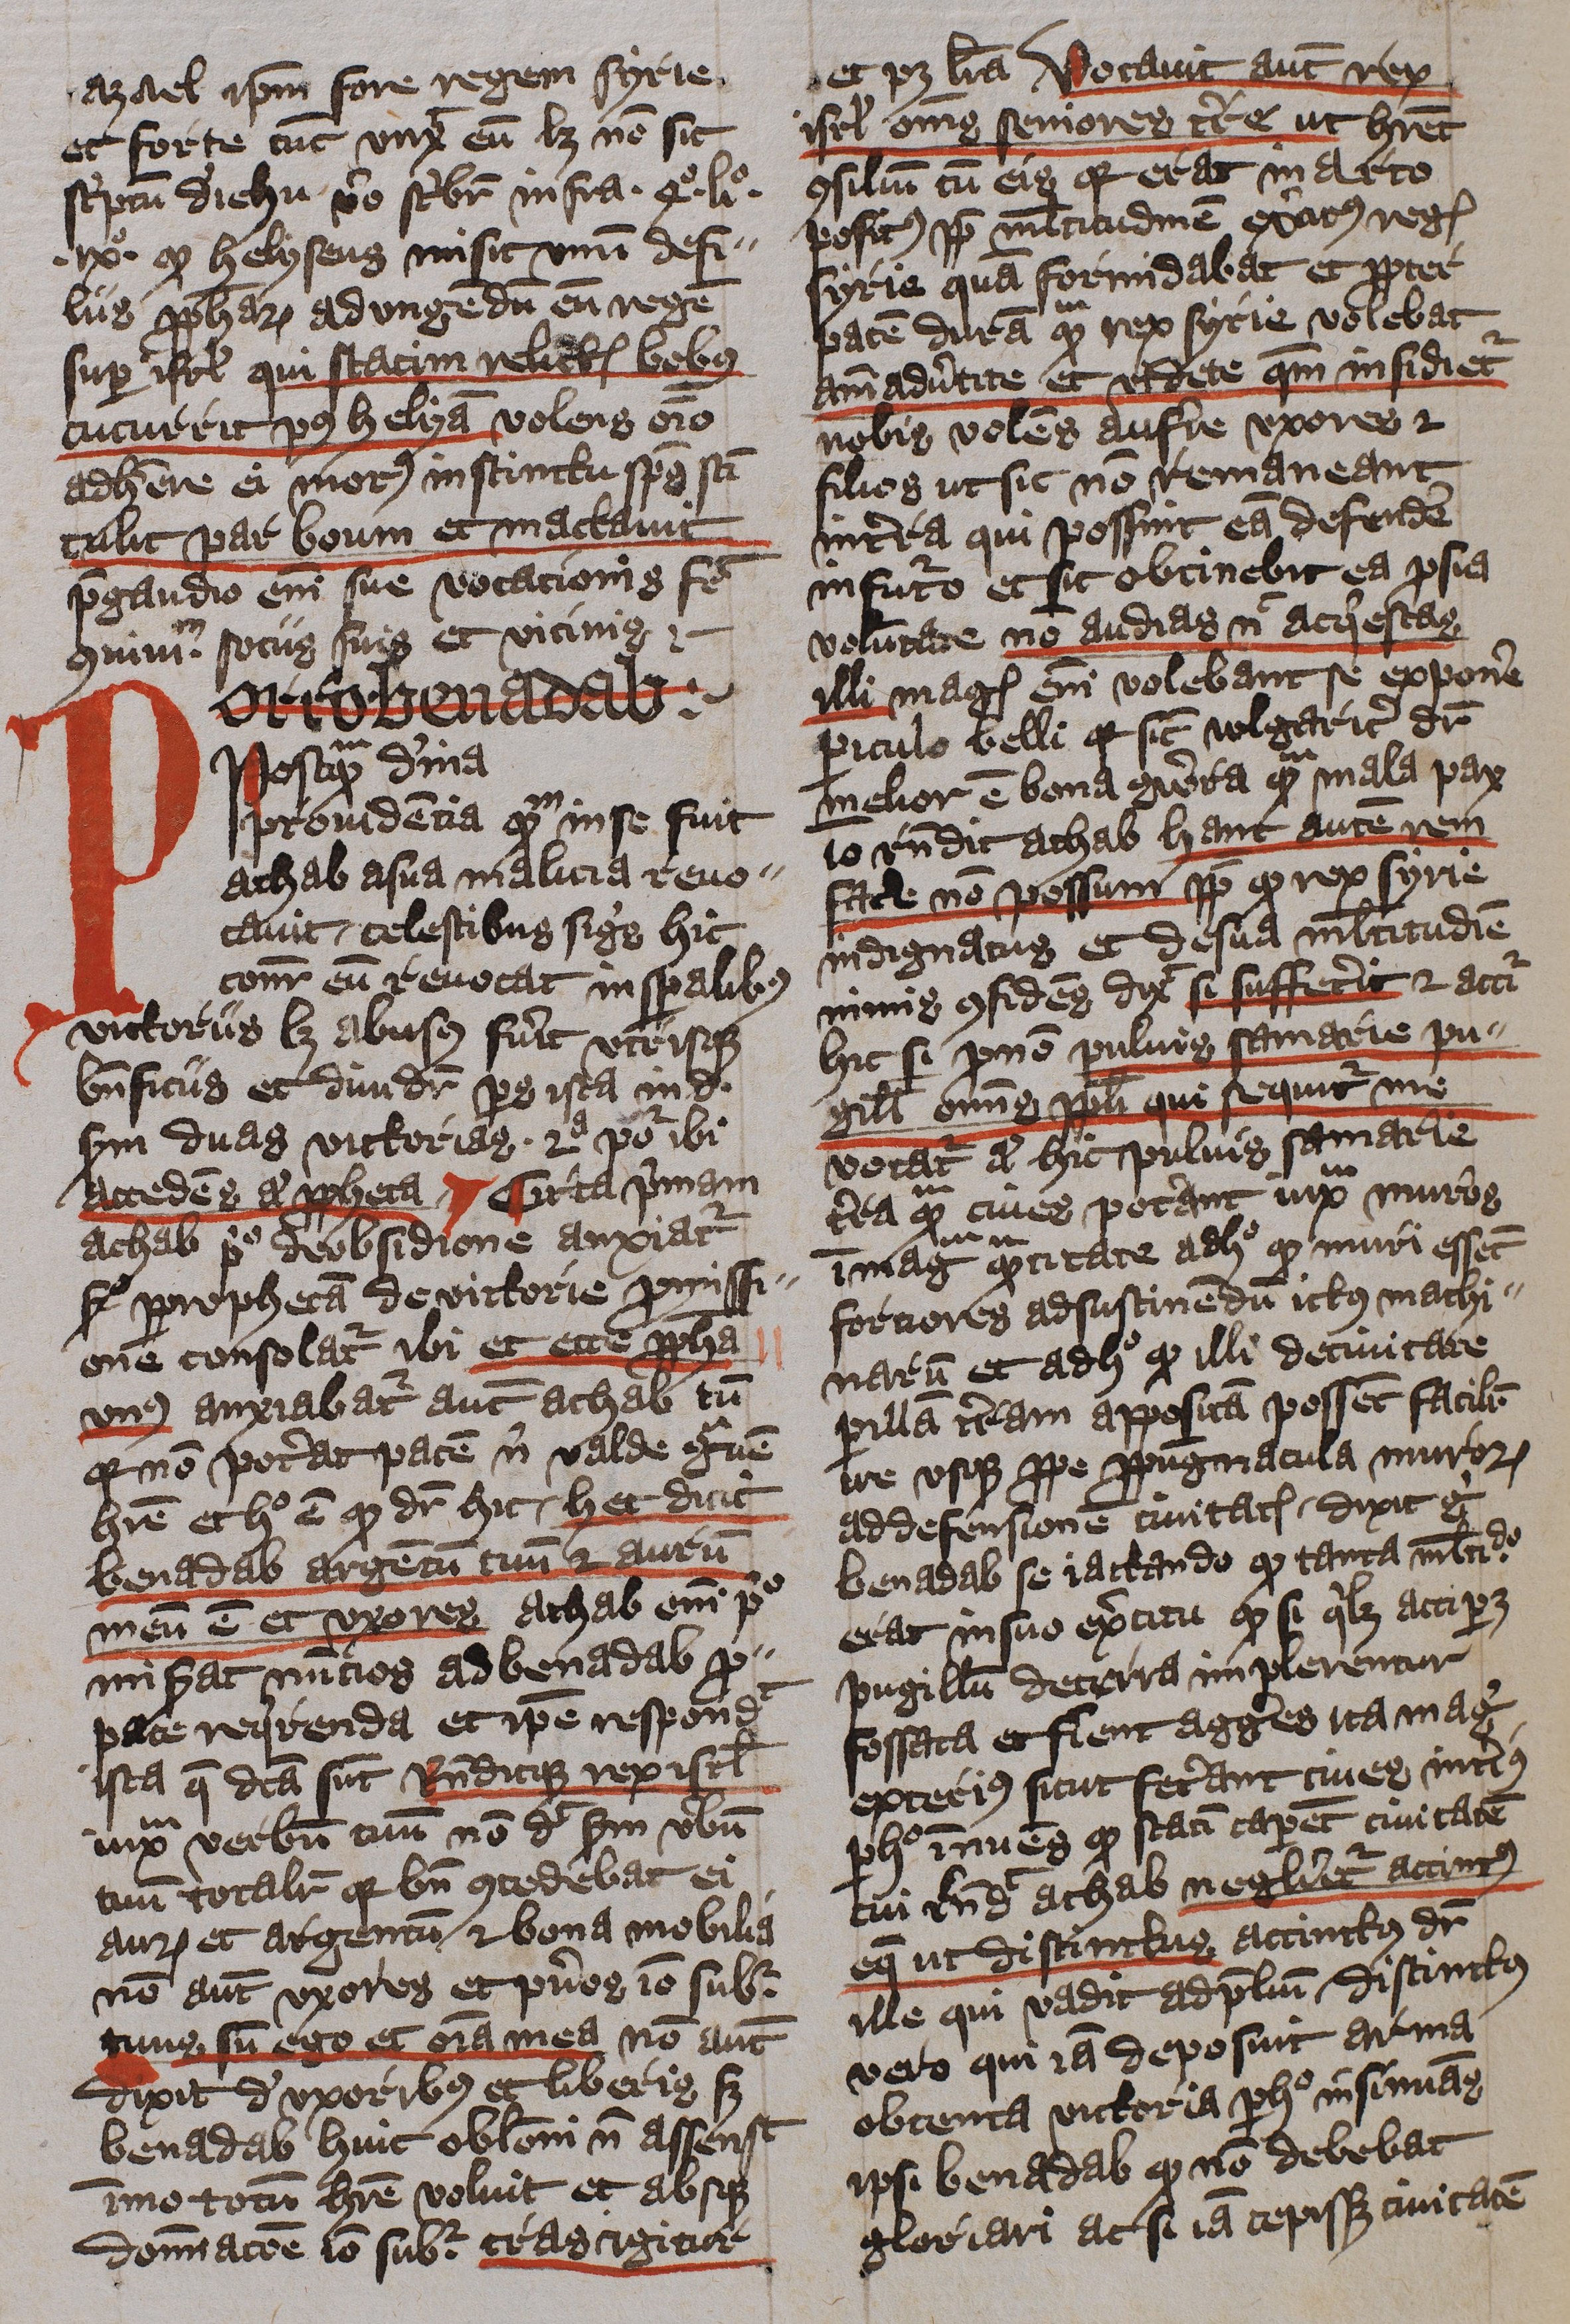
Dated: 1400–1401